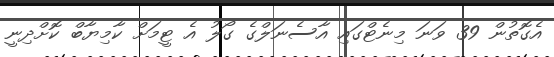
އެގޮތުން 39 ވަނަ މިނެޓްގައި އާސެނަލްގެ ގޯލު އެ ޓީމަށް ކާމިޔާބް ކޮށްދިނީ